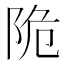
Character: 陒